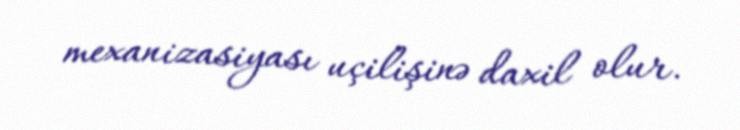
mexanizasiyası uçilişinə daxil olur.